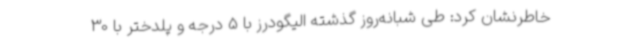
خاطرنشان کرد: طی شبانه‌روز گذشته الیگودرز با 5 درجه و پلدختر با 30